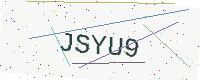
Text: JSYU9